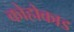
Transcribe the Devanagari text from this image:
कोहोकाड